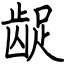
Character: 龊